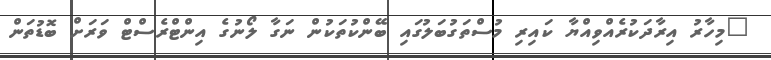
"މިހާރު އިރާދަކުރެއްވިއްޔާ ކައިރި މުސްތަގުބަލުގައި ބޭންކުތަކުން ނަގާ ލޯނުގެ އިންޓްރެސްޓް ވަރަށް ބޮޑުތަން